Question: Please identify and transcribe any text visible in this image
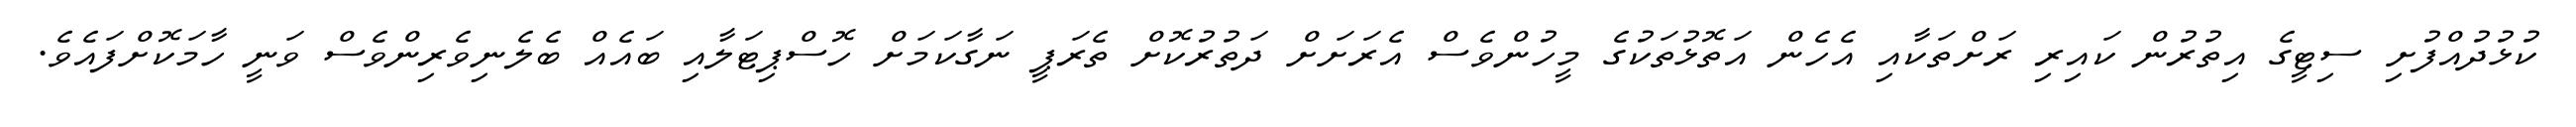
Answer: ކުޅުދުއްފުށި ސިޓީގެ އިތުރުން ކައިރި ރަށްތަކާއި އެހެން އަތޮޅުތަކުގެ މީހުންވެސް އެރަށަށް ދަތުރުކޮށް ތެރަޕީ ނަގާކަމަށް ހޮސްޕިޓަލާއި ބައެއް ބެލެނިވެރިންވެސް ވަނީ ހާމަކޮށްފައެވެ.